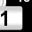
Digit: 1